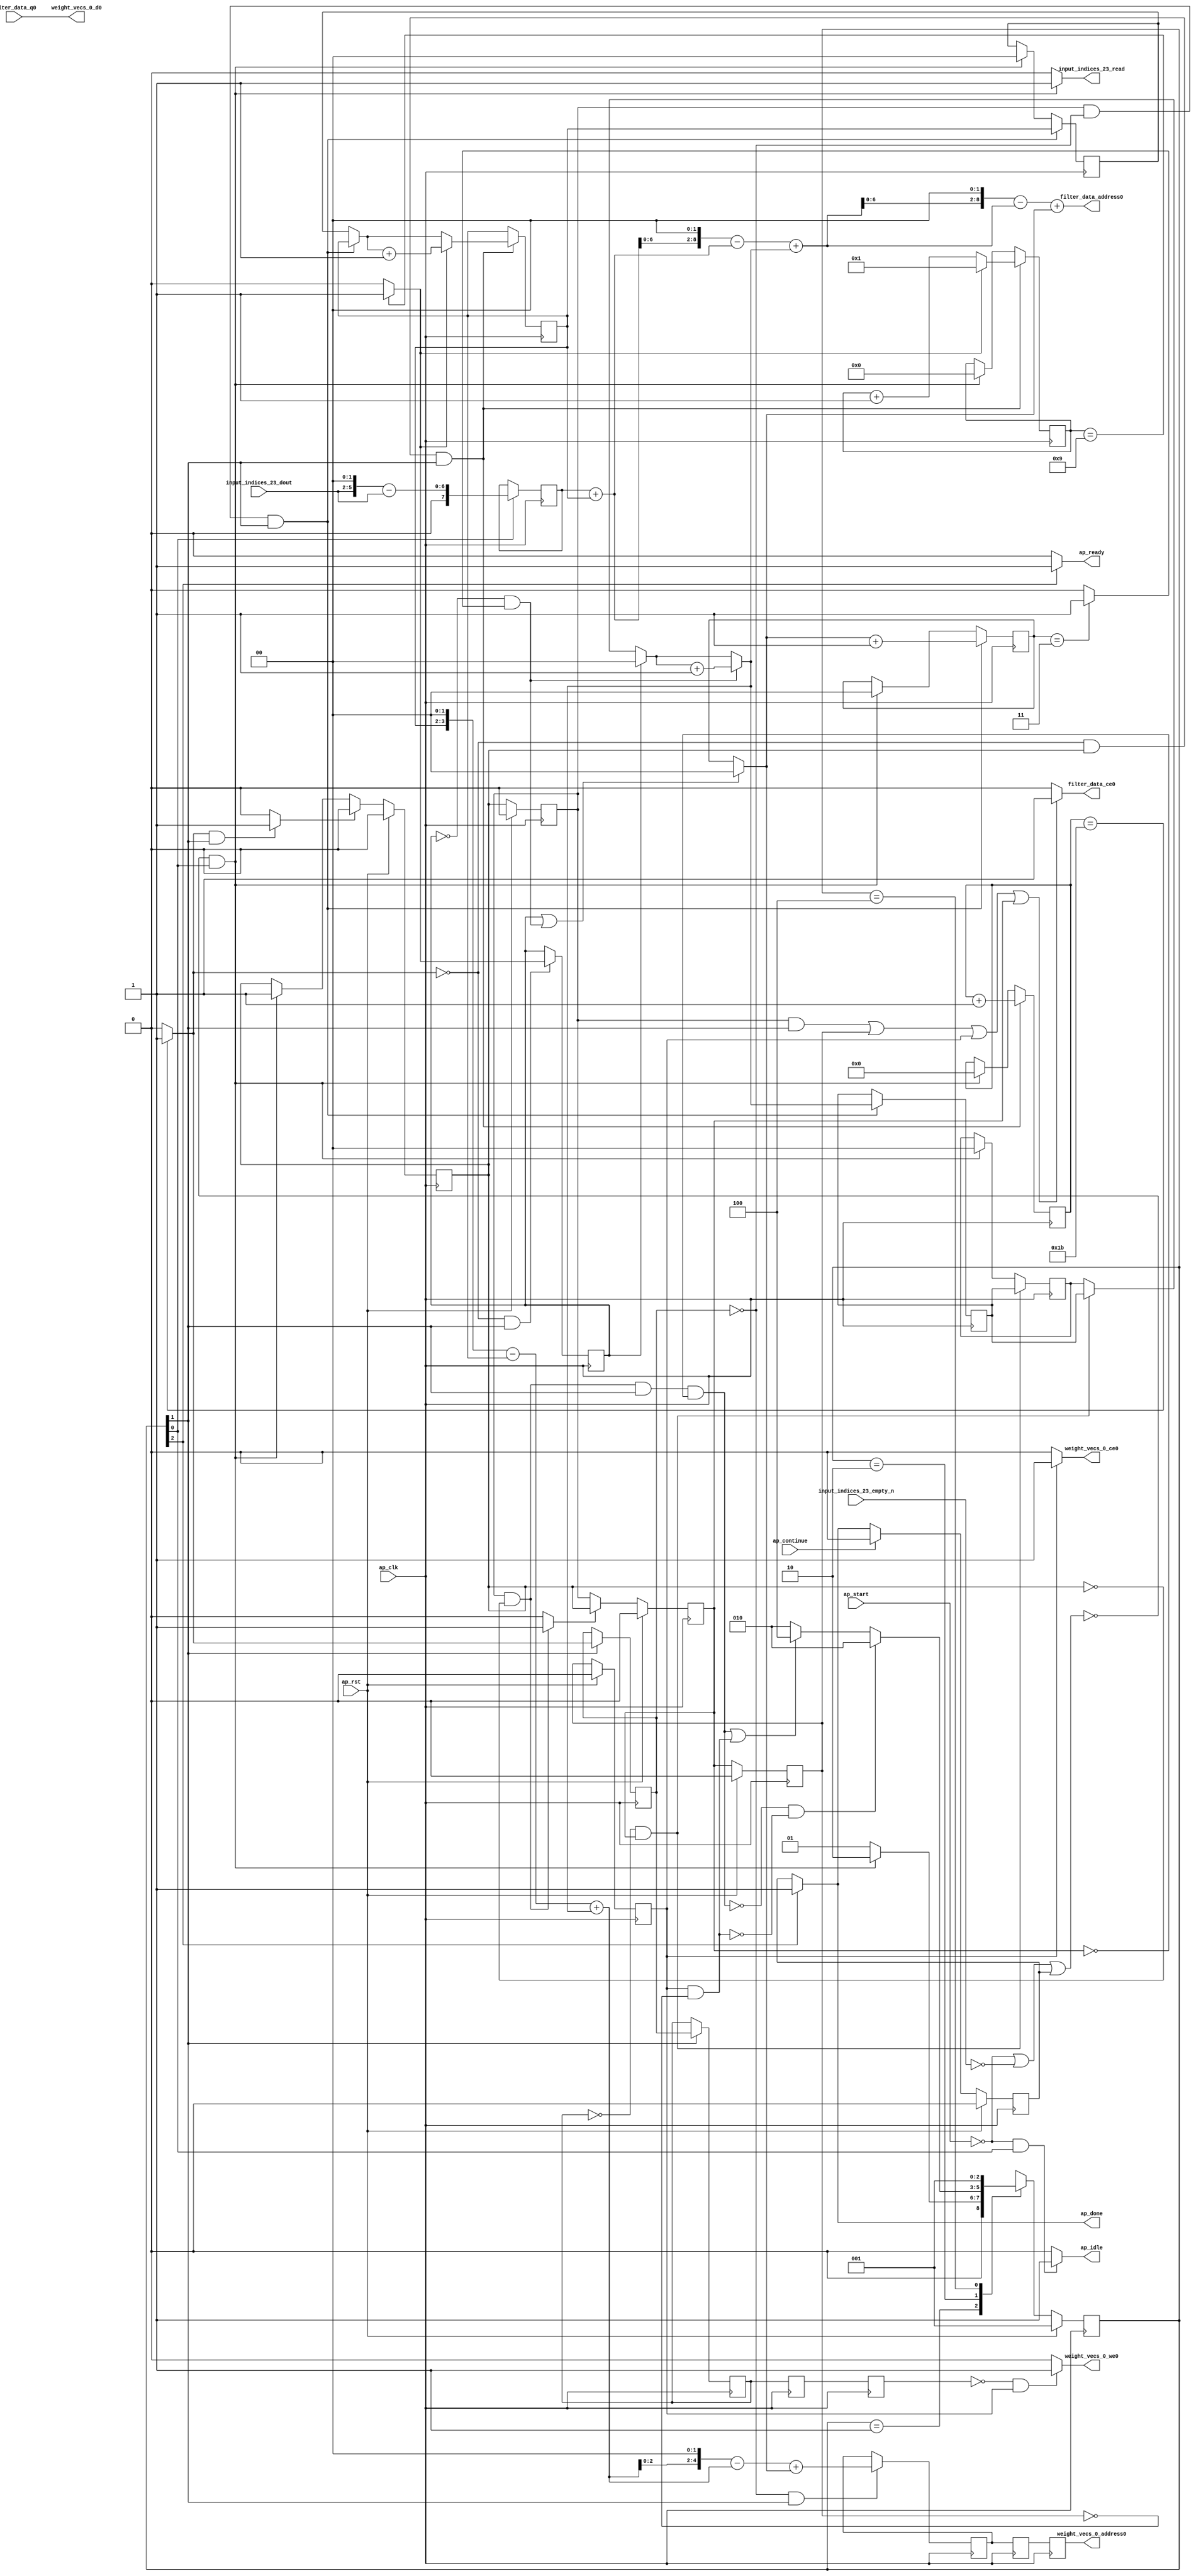
`define EXPONENT 5
`define MANTISSA 10
`define ACTUAL_MANTISSA 11
`define EXPONENT_LSB 10
`define EXPONENT_MSB 14
`define MANTISSA_LSB 0
`define MANTISSA_MSB 9
`define MANTISSA_MUL_SPLIT_LSB 3
`define MANTISSA_MUL_SPLIT_MSB 9
`define SIGN 1
`define SIGN_LOC 15
`define DWIDTH (`SIGN+`EXPONENT+`MANTISSA)
`define IEEE_COMPLIANCE 1

module td_fused_top_tdf1_readFilters18 (
        ap_clk,
        ap_rst,
        ap_start,
        ap_done,
        ap_continue,
        ap_idle,
        ap_ready,
        filter_data_address0,
        filter_data_ce0,
        filter_data_q0,
        input_indices_23_dout,
        input_indices_23_empty_n,
        input_indices_23_read,
        weight_vecs_0_address0,
        weight_vecs_0_ce0,
        weight_vecs_0_we0,
        weight_vecs_0_d0
);

parameter    ap_ST_fsm_state1 = 3'd1;
parameter    ap_ST_fsm_pp0_stage0 = 3'd2;
parameter    ap_ST_fsm_state7 = 3'd4;

input   ap_clk;
input   ap_rst;
input   ap_start;
output   ap_done;
input   ap_continue;
output   ap_idle;
output   ap_ready;
output  [8:0] filter_data_address0;
output   filter_data_ce0;
input  [15:0] filter_data_q0;
input  [3:0] input_indices_23_dout;
input   input_indices_23_empty_n;
output   input_indices_23_read;
output  [4:0] weight_vecs_0_address0;
output   weight_vecs_0_ce0;
output   weight_vecs_0_we0;
output  [15:0] weight_vecs_0_d0;

reg ap_done;
reg ap_idle;
reg ap_ready;
reg filter_data_ce0;
reg input_indices_23_read;
reg weight_vecs_0_ce0;
reg weight_vecs_0_we0;

reg    ap_done_reg;
  reg   [2:0] ap_CS_fsm;
wire    ap_CS_fsm_state1;
reg    input_indices_23_blk_n;
reg   [4:0] indvar_flatten13_reg_117;
reg   [1:0] ii_reg_128;
reg   [3:0] indvar_flatten_reg_139;
reg   [1:0] jj_reg_150;
reg   [1:0] kk_reg_161;
wire   [7:0] sext_ln47_fu_194_p1;
reg   [7:0] sext_ln47_reg_448;
wire   [4:0] add_ln47_6_fu_198_p2;
wire    ap_CS_fsm_pp0_stage0;
reg    ap_enable_reg_pp0_iter0;
wire    ap_block_state2_pp0_stage0_iter0;
wire    ap_block_state3_pp0_stage0_iter1;
wire    ap_block_state4_pp0_stage0_iter2;
wire    ap_block_state5_pp0_stage0_iter3;
wire    ap_block_state6_pp0_stage0_iter4;
wire    ap_block_pp0_stage0_11001;
wire   [0:0] icmp_ln47_fu_204_p2;
reg   [0:0] icmp_ln47_reg_458;
reg   [0:0] icmp_ln47_reg_458_pp0_iter1_reg;
reg   [0:0] icmp_ln47_reg_458_pp0_iter2_reg;
reg   [0:0] icmp_ln47_reg_458_pp0_iter3_reg;
wire   [0:0] icmp_ln48_fu_216_p2;
reg   [0:0] icmp_ln48_reg_462;
wire   [1:0] select_ln47_6_fu_222_p3;
reg   [1:0] select_ln47_6_reg_469;
wire   [3:0] select_ln48_12_fu_236_p3;
wire   [1:0] select_ln48_11_fu_341_p3;
reg   [1:0] select_ln48_11_reg_482;
reg    ap_enable_reg_pp0_iter1;
wire   [4:0] add_ln55_24_fu_432_p2;
reg   [4:0] add_ln55_24_reg_492;
reg   [4:0] add_ln55_24_reg_492_pp0_iter2_reg;
reg   [4:0] add_ln55_24_reg_492_pp0_iter3_reg;
wire   [1:0] add_ln49_fu_438_p2;
reg    ap_block_state1;
wire    ap_block_pp0_stage0_subdone;
reg    ap_condition_pp0_flush_enable;
reg    ap_enable_reg_pp0_iter2;
reg    ap_condition_pp0_exit_iter1_state3;
reg    ap_enable_reg_pp0_iter3;
reg    ap_enable_reg_pp0_iter4;
reg   [1:0] ap_phi_mux_ii_phi_fu_132_p4;
wire    ap_block_pp0_stage0;
reg   [1:0] ap_phi_mux_jj_phi_fu_154_p4;
wire   [63:0] zext_ln55_57_fu_427_p1;
wire   [63:0] zext_ln55_58_fu_444_p1;
wire   [5:0] tmp_fu_176_p3;
wire   [6:0] zext_ln55_49_fu_184_p1;
wire   [6:0] zext_ln55_fu_172_p1;
wire   [6:0] sub_ln55_fu_188_p2;
wire   [1:0] add_ln47_fu_210_p2;
wire   [3:0] add_ln48_6_fu_230_p2;
wire   [7:0] zext_ln55_51_fu_254_p1;
wire   [7:0] add_ln55_fu_257_p2;
wire   [9:0] tmp_46_fu_266_p3;
wire   [61:0] sext_ln55_1_fu_274_p1;
wire   [61:0] sext_ln55_fu_262_p1;
wire   [3:0] tmp_s_fu_284_p3;
wire   [4:0] zext_ln55_52_fu_291_p1;
wire   [4:0] zext_ln55_50_fu_251_p1;
wire   [4:0] sub_ln55_12_fu_295_p2;
wire   [0:0] icmp_ln49_fu_310_p2;
wire   [0:0] xor_ln47_fu_305_p2;
wire   [1:0] select_ln47_fu_244_p3;
wire   [0:0] and_ln47_fu_316_p2;
wire   [0:0] or_ln48_fu_328_p2;
wire   [1:0] add_ln48_fu_322_p2;
wire   [61:0] sub_ln55_11_fu_278_p2;
wire   [61:0] zext_ln55_54_fu_353_p1;
wire   [61:0] add_ln55_21_fu_357_p2;
wire   [6:0] trunc_ln55_1_fu_367_p1;
wire   [8:0] p_shl2_cast_fu_371_p3;
wire   [8:0] trunc_ln55_fu_363_p1;
wire   [5:0] sext_ln48_fu_301_p1;
wire   [5:0] zext_ln55_53_fu_349_p1;
wire   [5:0] add_ln55_22_fu_385_p2;
wire   [2:0] trunc_ln55_3_fu_395_p1;
wire   [4:0] p_shl1_cast_fu_399_p3;
wire   [4:0] trunc_ln55_2_fu_391_p1;
wire   [1:0] select_ln48_fu_333_p3;
wire   [8:0] sub_ln55_13_fu_379_p2;
wire   [8:0] zext_ln55_56_fu_417_p1;
wire   [8:0] add_ln55_23_fu_421_p2;
wire   [4:0] sub_ln55_14_fu_407_p2;
wire   [4:0] zext_ln55_55_fu_413_p1;
wire    ap_CS_fsm_state7;
reg   [2:0] ap_NS_fsm;
reg    ap_idle_pp0;
wire    ap_enable_pp0;
wire    ap_ce_reg;

// power-on initialization
initial begin
#0 ap_done_reg = 1'b0;
#0 ap_CS_fsm = 3'd1;
#0 ap_enable_reg_pp0_iter0 = 1'b0;
#0 ap_enable_reg_pp0_iter1 = 1'b0;
#0 ap_enable_reg_pp0_iter2 = 1'b0;
#0 ap_enable_reg_pp0_iter3 = 1'b0;
#0 ap_enable_reg_pp0_iter4 = 1'b0;
end

always @ (posedge ap_clk) begin
    if (ap_rst == 1'b1) begin
        ap_CS_fsm <= ap_ST_fsm_state1;
    end else begin
        ap_CS_fsm <= ap_NS_fsm;
    end
end

always @ (posedge ap_clk) begin
    if (ap_rst == 1'b1) begin
        ap_done_reg <= 1'b0;
    end else begin
        if ((ap_continue == 1'b1)) begin
            ap_done_reg <= 1'b0;
        end else if ((1'b1 == ap_CS_fsm_state7)) begin
            ap_done_reg <= 1'b1;
        end
    end
end

always @ (posedge ap_clk) begin
    if (ap_rst == 1'b1) begin
        ap_enable_reg_pp0_iter0 <= 1'b0;
    end else begin
        if ((1'b1 == ap_condition_pp0_flush_enable)) begin
            ap_enable_reg_pp0_iter0 <= 1'b0;
        end else if ((~((ap_start == 1'b0) | (input_indices_23_empty_n == 1'b0) | (ap_done_reg == 1'b1)) & (1'b1 == ap_CS_fsm_state1))) begin
            ap_enable_reg_pp0_iter0 <= 1'b1;
        end
    end
end

always @ (posedge ap_clk) begin
    if (ap_rst == 1'b1) begin
        ap_enable_reg_pp0_iter1 <= 1'b0;
    end else begin
        if ((1'b0 == ap_block_pp0_stage0_subdone)) begin
            ap_enable_reg_pp0_iter1 <= ap_enable_reg_pp0_iter0;
        end
    end
end

always @ (posedge ap_clk) begin
    if (ap_rst == 1'b1) begin
        ap_enable_reg_pp0_iter2 <= 1'b0;
    end else begin
        if ((1'b0 == ap_block_pp0_stage0_subdone)) begin
            if ((1'b1 == ap_condition_pp0_exit_iter1_state3)) begin
                ap_enable_reg_pp0_iter2 <= ap_enable_reg_pp0_iter0;
            end else if ((1'b1 == 1'b1)) begin
                ap_enable_reg_pp0_iter2 <= ap_enable_reg_pp0_iter1;
            end
        end
    end
end

always @ (posedge ap_clk) begin
    if (ap_rst == 1'b1) begin
        ap_enable_reg_pp0_iter3 <= 1'b0;
    end else begin
        if ((1'b0 == ap_block_pp0_stage0_subdone)) begin
            ap_enable_reg_pp0_iter3 <= ap_enable_reg_pp0_iter2;
        end
    end
end

always @ (posedge ap_clk) begin
    if (ap_rst == 1'b1) begin
        ap_enable_reg_pp0_iter4 <= 1'b0;
    end else begin
        if ((1'b0 == ap_block_pp0_stage0_subdone)) begin
            ap_enable_reg_pp0_iter4 <= ap_enable_reg_pp0_iter3;
        end else if ((~((ap_start == 1'b0) | (input_indices_23_empty_n == 1'b0) | (ap_done_reg == 1'b1)) & (1'b1 == ap_CS_fsm_state1))) begin
            ap_enable_reg_pp0_iter4 <= 1'b0;
        end
    end
end

always @ (posedge ap_clk) begin
    if (((ap_enable_reg_pp0_iter1 == 1'b1) & (icmp_ln47_reg_458 == 1'd0) & (1'b0 == ap_block_pp0_stage0_11001) & (1'b1 == ap_CS_fsm_pp0_stage0))) begin
        ii_reg_128 <= select_ln47_6_reg_469;
    end else if ((~((ap_start == 1'b0) | (input_indices_23_empty_n == 1'b0) | (ap_done_reg == 1'b1)) & (1'b1 == ap_CS_fsm_state1))) begin
        ii_reg_128 <= 2'd0;
    end
end

always @ (posedge ap_clk) begin
    if (((icmp_ln47_fu_204_p2 == 1'd0) & (1'b0 == ap_block_pp0_stage0_11001) & (ap_enable_reg_pp0_iter0 == 1'b1) & (1'b1 == ap_CS_fsm_pp0_stage0))) begin
        indvar_flatten13_reg_117 <= add_ln47_6_fu_198_p2;
    end else if ((~((ap_start == 1'b0) | (input_indices_23_empty_n == 1'b0) | (ap_done_reg == 1'b1)) & (1'b1 == ap_CS_fsm_state1))) begin
        indvar_flatten13_reg_117 <= 5'd0;
    end
end

always @ (posedge ap_clk) begin
    if (((icmp_ln47_fu_204_p2 == 1'd0) & (1'b0 == ap_block_pp0_stage0_11001) & (ap_enable_reg_pp0_iter0 == 1'b1) & (1'b1 == ap_CS_fsm_pp0_stage0))) begin
        indvar_flatten_reg_139 <= select_ln48_12_fu_236_p3;
    end else if ((~((ap_start == 1'b0) | (input_indices_23_empty_n == 1'b0) | (ap_done_reg == 1'b1)) & (1'b1 == ap_CS_fsm_state1))) begin
        indvar_flatten_reg_139 <= 4'd0;
    end
end

always @ (posedge ap_clk) begin
    if (((icmp_ln47_reg_458_pp0_iter1_reg == 1'd0) & (1'b0 == ap_block_pp0_stage0_11001) & (ap_enable_reg_pp0_iter2 == 1'b1))) begin
        jj_reg_150 <= select_ln48_11_reg_482;
    end else if ((~((ap_start == 1'b0) | (input_indices_23_empty_n == 1'b0) | (ap_done_reg == 1'b1)) & (1'b1 == ap_CS_fsm_state1))) begin
        jj_reg_150 <= 2'd0;
    end
end

always @ (posedge ap_clk) begin
    if (((ap_enable_reg_pp0_iter1 == 1'b1) & (icmp_ln47_reg_458 == 1'd0) & (1'b0 == ap_block_pp0_stage0_11001) & (1'b1 == ap_CS_fsm_pp0_stage0))) begin
        kk_reg_161 <= add_ln49_fu_438_p2;
    end else if ((~((ap_start == 1'b0) | (input_indices_23_empty_n == 1'b0) | (ap_done_reg == 1'b1)) & (1'b1 == ap_CS_fsm_state1))) begin
        kk_reg_161 <= 2'd0;
    end
end

always @ (posedge ap_clk) begin
    if (((icmp_ln47_reg_458 == 1'd0) & (1'b0 == ap_block_pp0_stage0_11001) & (1'b1 == ap_CS_fsm_pp0_stage0))) begin
        add_ln55_24_reg_492 <= add_ln55_24_fu_432_p2;
    end
end

always @ (posedge ap_clk) begin
    if ((1'b0 == ap_block_pp0_stage0_11001)) begin
        add_ln55_24_reg_492_pp0_iter2_reg <= add_ln55_24_reg_492;
        add_ln55_24_reg_492_pp0_iter3_reg <= add_ln55_24_reg_492_pp0_iter2_reg;
        icmp_ln47_reg_458_pp0_iter2_reg <= icmp_ln47_reg_458_pp0_iter1_reg;
        icmp_ln47_reg_458_pp0_iter3_reg <= icmp_ln47_reg_458_pp0_iter2_reg;
    end
end

always @ (posedge ap_clk) begin
    if (((1'b0 == ap_block_pp0_stage0_11001) & (1'b1 == ap_CS_fsm_pp0_stage0))) begin
        icmp_ln47_reg_458 <= icmp_ln47_fu_204_p2;
        icmp_ln47_reg_458_pp0_iter1_reg <= icmp_ln47_reg_458;
    end
end

always @ (posedge ap_clk) begin
    if (((icmp_ln47_fu_204_p2 == 1'd0) & (1'b0 == ap_block_pp0_stage0_11001) & (1'b1 == ap_CS_fsm_pp0_stage0))) begin
        icmp_ln48_reg_462 <= icmp_ln48_fu_216_p2;
    end
end

always @ (posedge ap_clk) begin
    if (((icmp_ln47_fu_204_p2 == 1'd0) & (1'b0 == ap_block_pp0_stage0_11001) & (ap_enable_reg_pp0_iter0 == 1'b1) & (1'b1 == ap_CS_fsm_pp0_stage0))) begin
        select_ln47_6_reg_469 <= select_ln47_6_fu_222_p3;
    end
end

always @ (posedge ap_clk) begin
    if (((ap_enable_reg_pp0_iter1 == 1'b1) & (icmp_ln47_reg_458 == 1'd0) & (1'b0 == ap_block_pp0_stage0_11001) & (1'b1 == ap_CS_fsm_pp0_stage0))) begin
        select_ln48_11_reg_482 <= select_ln48_11_fu_341_p3;
    end
end

always @ (posedge ap_clk) begin
    if ((1'b1 == ap_CS_fsm_state1)) begin
        sext_ln47_reg_448 <= sext_ln47_fu_194_p1;
    end
end

always @ (*) begin
    if (((ap_enable_reg_pp0_iter1 == 1'b1) & (ap_enable_reg_pp0_iter0 == 1'b0))) begin
        ap_condition_pp0_exit_iter1_state3 = 1'b1;
    end else begin
        ap_condition_pp0_exit_iter1_state3 = 1'b0;
    end
end

always @ (*) begin
    if (((icmp_ln47_fu_204_p2 == 1'd1) & (1'b0 == ap_block_pp0_stage0_subdone) & (1'b1 == ap_CS_fsm_pp0_stage0))) begin
        ap_condition_pp0_flush_enable = 1'b1;
    end else begin
        ap_condition_pp0_flush_enable = 1'b0;
    end
end

always @ (*) begin
    if ((1'b1 == ap_CS_fsm_state7)) begin
        ap_done = 1'b1;
    end else begin
        ap_done = ap_done_reg;
    end
end

always @ (*) begin
    if (((ap_start == 1'b0) & (1'b1 == ap_CS_fsm_state1))) begin
        ap_idle = 1'b1;
    end else begin
        ap_idle = 1'b0;
    end
end

always @ (*) begin
    if (((ap_enable_reg_pp0_iter1 == 1'b0) & (ap_enable_reg_pp0_iter0 == 1'b0) & (ap_enable_reg_pp0_iter4 == 1'b0) & (ap_enable_reg_pp0_iter3 == 1'b0) & (ap_enable_reg_pp0_iter2 == 1'b0))) begin
        ap_idle_pp0 = 1'b1;
    end else begin
        ap_idle_pp0 = 1'b0;
    end
end

always @ (*) begin
    if (((ap_enable_reg_pp0_iter1 == 1'b1) & (icmp_ln47_reg_458 == 1'd0) & (1'b0 == ap_block_pp0_stage0) & (1'b1 == ap_CS_fsm_pp0_stage0))) begin
        ap_phi_mux_ii_phi_fu_132_p4 = select_ln47_6_reg_469;
    end else begin
        ap_phi_mux_ii_phi_fu_132_p4 = ii_reg_128;
    end
end

always @ (*) begin
    if (((icmp_ln47_reg_458_pp0_iter1_reg == 1'd0) & (1'b0 == ap_block_pp0_stage0) & (ap_enable_reg_pp0_iter2 == 1'b1))) begin
        ap_phi_mux_jj_phi_fu_154_p4 = select_ln48_11_reg_482;
    end else begin
        ap_phi_mux_jj_phi_fu_154_p4 = jj_reg_150;
    end
end

always @ (*) begin
    if ((1'b1 == ap_CS_fsm_state7)) begin
        ap_ready = 1'b1;
    end else begin
        ap_ready = 1'b0;
    end
end

always @ (*) begin
    if ((((ap_enable_reg_pp0_iter1 == 1'b1) & (1'b0 == ap_block_pp0_stage0_11001) & (1'b1 == ap_CS_fsm_pp0_stage0)) | ((1'b0 == ap_block_pp0_stage0_11001) & (ap_enable_reg_pp0_iter3 == 1'b1)) | ((1'b0 == ap_block_pp0_stage0_11001) & (ap_enable_reg_pp0_iter4 == 1'b1)) | ((1'b0 == ap_block_pp0_stage0_11001) & (ap_enable_reg_pp0_iter2 == 1'b1)))) begin
        filter_data_ce0 = 1'b1;
    end else begin
        filter_data_ce0 = 1'b0;
    end
end

always @ (*) begin
    if ((~((ap_start == 1'b0) | (ap_done_reg == 1'b1)) & (1'b1 == ap_CS_fsm_state1))) begin
        input_indices_23_blk_n = input_indices_23_empty_n;
    end else begin
        input_indices_23_blk_n = 1'b1;
    end
end

always @ (*) begin
    if ((~((ap_start == 1'b0) | (input_indices_23_empty_n == 1'b0) | (ap_done_reg == 1'b1)) & (1'b1 == ap_CS_fsm_state1))) begin
        input_indices_23_read = 1'b1;
    end else begin
        input_indices_23_read = 1'b0;
    end
end

always @ (*) begin
    if (((1'b0 == ap_block_pp0_stage0_11001) & (ap_enable_reg_pp0_iter4 == 1'b1))) begin
        weight_vecs_0_ce0 = 1'b1;
    end else begin
        weight_vecs_0_ce0 = 1'b0;
    end
end

always @ (*) begin
    if (((icmp_ln47_reg_458_pp0_iter3_reg == 1'd0) & (1'b0 == ap_block_pp0_stage0_11001) & (ap_enable_reg_pp0_iter4 == 1'b1))) begin
        weight_vecs_0_we0 = 1'b1;
    end else begin
        weight_vecs_0_we0 = 1'b0;
    end
end

always @ (*) begin
    case (ap_CS_fsm)
        ap_ST_fsm_state1 : begin
            if ((~((ap_start == 1'b0) | (input_indices_23_empty_n == 1'b0) | (ap_done_reg == 1'b1)) & (1'b1 == ap_CS_fsm_state1))) begin
                ap_NS_fsm = ap_ST_fsm_pp0_stage0;
            end else begin
                ap_NS_fsm = ap_ST_fsm_state1;
            end
        end
        ap_ST_fsm_pp0_stage0 : begin
            if ((~((ap_enable_reg_pp0_iter1 == 1'b1) & (1'b0 == ap_block_pp0_stage0_subdone) & (ap_enable_reg_pp0_iter0 == 1'b0) & (1'b1 == ap_CS_fsm_pp0_stage0) & (ap_enable_reg_pp0_iter2 == 1'b0)) & ~((1'b0 == ap_block_pp0_stage0_subdone) & (ap_enable_reg_pp0_iter4 == 1'b1) & (ap_enable_reg_pp0_iter3 == 1'b0)))) begin
                ap_NS_fsm = ap_ST_fsm_pp0_stage0;
            end else if ((((ap_enable_reg_pp0_iter1 == 1'b1) & (1'b0 == ap_block_pp0_stage0_subdone) & (ap_enable_reg_pp0_iter0 == 1'b0) & (1'b1 == ap_CS_fsm_pp0_stage0) & (ap_enable_reg_pp0_iter2 == 1'b0)) | ((1'b0 == ap_block_pp0_stage0_subdone) & (ap_enable_reg_pp0_iter4 == 1'b1) & (ap_enable_reg_pp0_iter3 == 1'b0)))) begin
                ap_NS_fsm = ap_ST_fsm_state7;
            end else begin
                ap_NS_fsm = ap_ST_fsm_pp0_stage0;
            end
        end
        ap_ST_fsm_state7 : begin
            ap_NS_fsm = ap_ST_fsm_state1;
        end
        default : begin
            ap_NS_fsm = 'bx;
        end
    endcase
end

assign add_ln47_6_fu_198_p2 = (indvar_flatten13_reg_117 + 5'd1);

assign add_ln47_fu_210_p2 = (ap_phi_mux_ii_phi_fu_132_p4 + 2'd1);

assign add_ln48_6_fu_230_p2 = (indvar_flatten_reg_139 + 4'd1);

assign add_ln48_fu_322_p2 = (select_ln47_fu_244_p3 + 2'd1);

assign add_ln49_fu_438_p2 = (select_ln48_fu_333_p3 + 2'd1);

assign add_ln55_21_fu_357_p2 = (sub_ln55_11_fu_278_p2 + zext_ln55_54_fu_353_p1);

assign add_ln55_22_fu_385_p2 = ((sext_ln48_fu_301_p1) + (zext_ln55_53_fu_349_p1));

assign add_ln55_23_fu_421_p2 = (sub_ln55_13_fu_379_p2 + zext_ln55_56_fu_417_p1);

assign add_ln55_24_fu_432_p2 = (sub_ln55_14_fu_407_p2 + zext_ln55_55_fu_413_p1);

assign add_ln55_fu_257_p2 = ((sext_ln47_reg_448) + (zext_ln55_51_fu_254_p1));

assign and_ln47_fu_316_p2 = (xor_ln47_fu_305_p2 & icmp_ln49_fu_310_p2);

assign ap_CS_fsm_pp0_stage0 = ap_CS_fsm[32'd1];

assign ap_CS_fsm_state1 = ap_CS_fsm[32'd0];

assign ap_CS_fsm_state7 = ap_CS_fsm[32'd2];

assign ap_block_pp0_stage0 = ~(1'b1 == 1'b1);

assign ap_block_pp0_stage0_11001 = ~(1'b1 == 1'b1);

assign ap_block_pp0_stage0_subdone = ~(1'b1 == 1'b1);

always @ (*) begin
    ap_block_state1 = ((ap_start == 1'b0) | (input_indices_23_empty_n == 1'b0) | (ap_done_reg == 1'b1));
end

assign ap_block_state2_pp0_stage0_iter0 = ~(1'b1 == 1'b1);

assign ap_block_state3_pp0_stage0_iter1 = ~(1'b1 == 1'b1);

assign ap_block_state4_pp0_stage0_iter2 = ~(1'b1 == 1'b1);

assign ap_block_state5_pp0_stage0_iter3 = ~(1'b1 == 1'b1);

assign ap_block_state6_pp0_stage0_iter4 = ~(1'b1 == 1'b1);

assign ap_enable_pp0 = (ap_idle_pp0 ^ 1'b1);

assign filter_data_address0 = zext_ln55_57_fu_427_p1;

assign icmp_ln47_fu_204_p2 = ((indvar_flatten13_reg_117 == 5'd27) ? 1'b1 : 1'b0);

assign icmp_ln48_fu_216_p2 = ((indvar_flatten_reg_139 == 4'd9) ? 1'b1 : 1'b0);

assign icmp_ln49_fu_310_p2 = ((kk_reg_161 == 2'd3) ? 1'b1 : 1'b0);

assign or_ln48_fu_328_p2 = (icmp_ln48_reg_462 | and_ln47_fu_316_p2);

assign p_shl1_cast_fu_399_p3 = {{trunc_ln55_3_fu_395_p1}, {2'd0}};

assign p_shl2_cast_fu_371_p3 = {{trunc_ln55_1_fu_367_p1}, {2'd0}};

assign select_ln47_6_fu_222_p3 = ((icmp_ln48_fu_216_p2[0:0] == 1'b1) ? add_ln47_fu_210_p2 : ap_phi_mux_ii_phi_fu_132_p4);

assign select_ln47_fu_244_p3 = ((icmp_ln48_reg_462[0:0] == 1'b1) ? 2'd0 : ap_phi_mux_jj_phi_fu_154_p4);

assign select_ln48_11_fu_341_p3 = ((and_ln47_fu_316_p2[0:0] == 1'b1) ? add_ln48_fu_322_p2 : select_ln47_fu_244_p3);

assign select_ln48_12_fu_236_p3 = ((icmp_ln48_fu_216_p2[0:0] == 1'b1) ? 4'd1 : add_ln48_6_fu_230_p2);

assign select_ln48_fu_333_p3 = ((or_ln48_fu_328_p2[0:0] == 1'b1) ? 2'd0 : kk_reg_161);

assign sext_ln47_fu_194_p1 = (sub_ln55_fu_188_p2);

assign sext_ln48_fu_301_p1 = (sub_ln55_12_fu_295_p2);

assign sext_ln55_1_fu_274_p1 = (tmp_46_fu_266_p3);

assign sext_ln55_fu_262_p1 = add_ln55_fu_257_p2;

assign sub_ln55_11_fu_278_p2 = ((sext_ln55_1_fu_274_p1) - (sext_ln55_fu_262_p1));

assign sub_ln55_12_fu_295_p2 = (zext_ln55_52_fu_291_p1 - zext_ln55_50_fu_251_p1);

assign sub_ln55_13_fu_379_p2 = (p_shl2_cast_fu_371_p3 - trunc_ln55_fu_363_p1);

assign sub_ln55_14_fu_407_p2 = (p_shl1_cast_fu_399_p3 - trunc_ln55_2_fu_391_p1);

assign sub_ln55_fu_188_p2 = (zext_ln55_49_fu_184_p1 - zext_ln55_fu_172_p1);

assign tmp_46_fu_266_p3 = {{add_ln55_fu_257_p2}, {2'd0}};

assign tmp_fu_176_p3 = {{input_indices_23_dout}, {2'd0}};

assign tmp_s_fu_284_p3 = {{select_ln47_6_reg_469}, {2'd0}};

assign trunc_ln55_1_fu_367_p1 = add_ln55_21_fu_357_p2[6:0];

assign trunc_ln55_2_fu_391_p1 = add_ln55_22_fu_385_p2[4:0];

assign trunc_ln55_3_fu_395_p1 = add_ln55_22_fu_385_p2[2:0];

assign trunc_ln55_fu_363_p1 = add_ln55_21_fu_357_p2[8:0];

assign weight_vecs_0_address0 = zext_ln55_58_fu_444_p1;

assign weight_vecs_0_d0 = filter_data_q0;

assign xor_ln47_fu_305_p2 = (icmp_ln48_reg_462 ^ 1'd1);

assign zext_ln55_49_fu_184_p1 = tmp_fu_176_p3;

assign zext_ln55_50_fu_251_p1 = select_ln47_6_reg_469;

assign zext_ln55_51_fu_254_p1 = select_ln47_6_reg_469;

assign zext_ln55_52_fu_291_p1 = tmp_s_fu_284_p3;

assign zext_ln55_53_fu_349_p1 = select_ln48_11_fu_341_p3;

assign zext_ln55_54_fu_353_p1 = select_ln48_11_fu_341_p3;

assign zext_ln55_55_fu_413_p1 = select_ln48_fu_333_p3;

assign zext_ln55_56_fu_417_p1 = select_ln48_fu_333_p3;

assign zext_ln55_57_fu_427_p1 = add_ln55_23_fu_421_p2;

assign zext_ln55_58_fu_444_p1 = add_ln55_24_reg_492_pp0_iter3_reg;

assign zext_ln55_fu_172_p1 = input_indices_23_dout;

endmodule //td_fused_top_tdf1_readFilters18